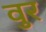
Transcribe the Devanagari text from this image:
वुर